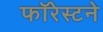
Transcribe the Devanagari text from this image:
फॉरेस्टने